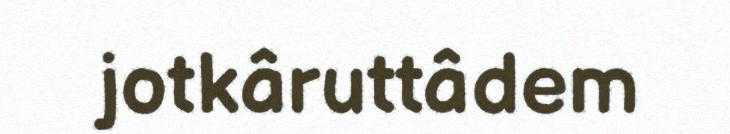
jotkâruttâdem